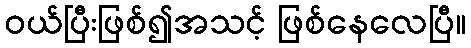
ဝယ်ပြီးဖြစ်၍အသင့် ဖြစ်နေလေပြီ။